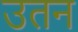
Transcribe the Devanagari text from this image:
उतन